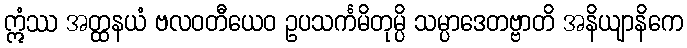
ဣံဿ အတ္ထနယံ ဗလဝတီယေဝ ဥပသင်္ကမိတုမ္ပိ သမ္ပာဒေတဗ္ဗာတိ အနိယျာနိကေ